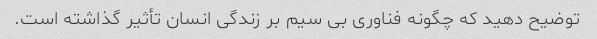
توضیح دهید که چگونه فناوری بی سیم بر زندگی انسان تأثیر گذاشته است.